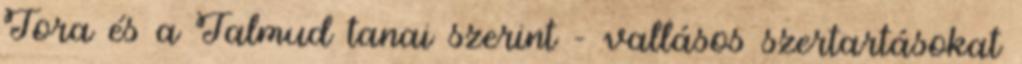
Tora és a Talmud tanai szerint - vallásos szertartásokat